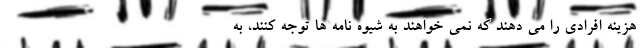
هزینه افرادی را می دهند که نمی خواهند به شیوه نامه ها توجه کنند، به